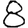
Digit: 8